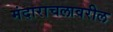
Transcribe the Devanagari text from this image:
मंदाराचलावरील